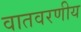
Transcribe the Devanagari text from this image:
वातवरणीय